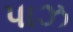
પાઝ